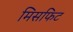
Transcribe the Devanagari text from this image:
मिसफिट